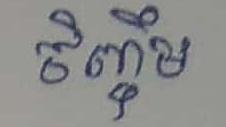
ចិញ្ចឹម